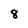
Character: 8